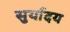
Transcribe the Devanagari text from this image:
सुर्यादय